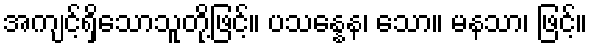
အကျင့်ရှိသောသူတို့ဖြင့်။ ပသန္နေန၊ သော။ မနသာ၊ ဖြင့်။